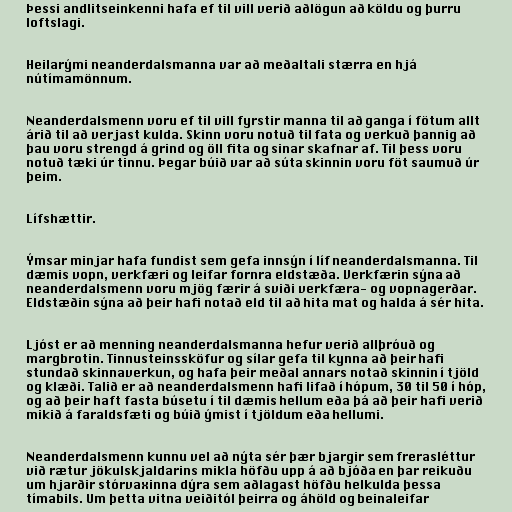
Þessi andlitseinkenni hafa ef til vill verið aðlögun að köldu og þurru
loftslagi.

Heilarými neanderdalsmanna var að meðaltali stærra en hjá
nútímamönnum.

Neanderdalsmenn voru ef til vill fyrstir manna til að ganga í fötum allt
árið til að verjast kulda. Skinn voru notuð til fata og verkuð þannig að
þau voru strengd á grind og öll fita og sinar skafnar af. Til þess voru
notuð tæki úr tinnu. Þegar búið var að súta skinnin voru föt saumuð úr
þeim.

Lífshættir.

Ýmsar minjar hafa fundist sem gefa innsýn í líf neanderdalsmanna. Til
dæmis vopn, verkfæri og leifar fornra eldstæða. Verkfærin sýna að
neanderdalsmenn voru mjög færir á sviði verkfæra- og vopnagerðar.
Eldstæðin sýna að þeir hafi notað eld til að hita mat og halda á sér hita.

Ljóst er að menning neanderdalsmanna hefur verið allþróuð og
margbrotin. Tinnusteinssköfur og sílar gefa til kynna að þeir hafi
stundað skinnaverkun, og hafa þeir meðal annars notað skinnin í tjöld
og klæði. Talið er að neanderdalsmenn hafi lifað í hópum, 30 til 50 í hóp,
og að þeir haft fasta búsetu í til dæmis hellum eða þá að þeir hafi verið
mikið á faraldsfæti og búið ýmist í tjöldum eða hellumi.

Neanderdalsmenn kunnu vel að nýta sér þær bjargir sem frerasléttur
við rætur jökulskjaldarins mikla höfðu upp á að bjóða en þar reikuðu
um hjarðir stórvaxinna dýra sem aðlagast höfðu helkulda þessa
tímabils. Um þetta vitna veiðitól þeirra og áhöld og beinaleifar